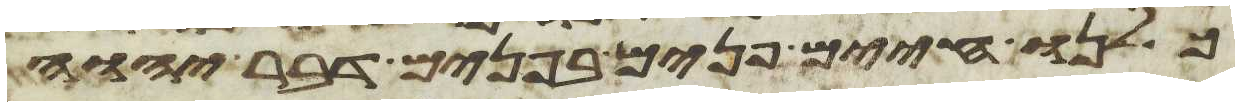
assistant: כלנו חיים פנים בפנים דבר יהוה